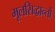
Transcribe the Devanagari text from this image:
मूलसिद्धान्‍तों